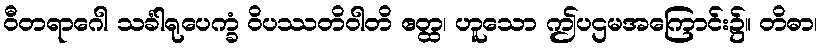
ဝီတရာဂေါ သင်္ခါရုပေက္ခံ ဝိပဿတိဝါတိ ဧတ္ထ၊ ဟူသော ဤပဌမအကြောင်း၌။ တိဓာ၊